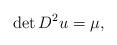
LaTeX: \begin{align*}\det D^{2} u =\mu,\end{align*}